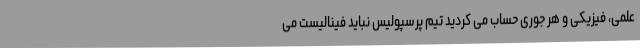
علمی، فیزیکی و هر جوری حساب می کردید تیم پرسپولیس نباید فینالیست می